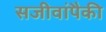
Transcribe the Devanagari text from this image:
सजीवांपैकी